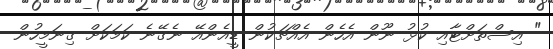
" އިސްތަށްޓާއި ކުޅު ނޫން އެހެން އެއްޗަކުން ޑީއެންއޭ ނެގޭނެ ކަމަކަށް ގިނަމީހުން